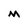
Character: m